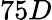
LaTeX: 75D